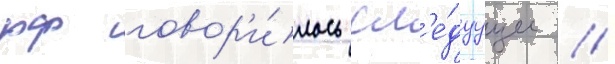
рф говор'и́лось сл'е́дуущее //